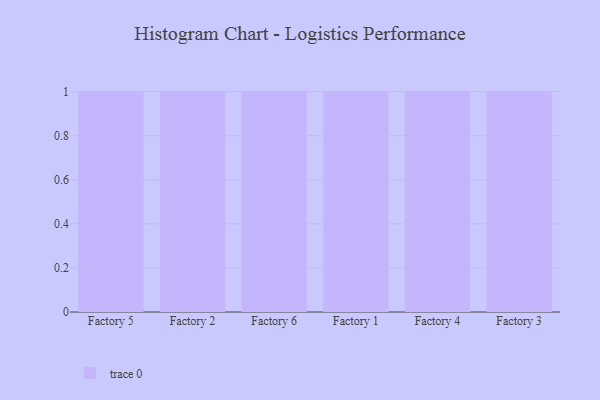
{"axis": {"x": "Factory", "y": "Customer Acquisition Cost (USD)"}, "legend": [""], "data": [{"x": "Factory 5", "y": 26, "type": ""}, {"x": "Factory 2", "y": 81, "type": ""}, {"x": "Factory 6", "y": 27, "type": ""}, {"x": "Factory 1", "y": 52, "type": ""}, {"x": "Factory 4", "y": 90, "type": ""}, {"x": "Factory 3", "y": 3, "type": ""}]}